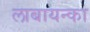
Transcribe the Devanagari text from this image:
लाबायन्का